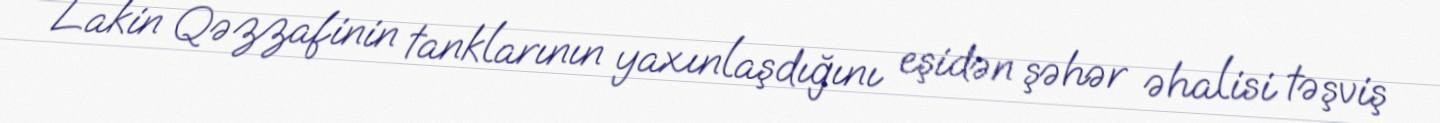
Lakin Qəzzafinin tanklarının yaxınlaşdığını eşidən şəhər əhalisi təşviş